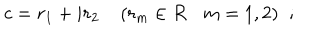
LaTeX: c = r _ { 1 } + i r _ { 2 } \; ( r _ { m } \in { \cal R } m = 1 , 2 ) \; \; ;